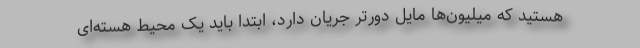
هستید که میلیون‌ها مایل دورتر جریان دارد، ابتدا باید یک محیط هسته‌ای